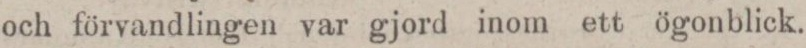
och förvandlingen var gjord inom ett ögonblick.